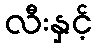
လီးနှင့်